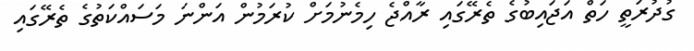
ގުދުރަތީ ހަތް އަޖައިބުގެ ތެރޭގައި ރާއްޖެ ހިމެނުމަށް ކުރަމުން އަންނަ މަސައްކަތުގެ ތެރޭގައި